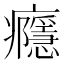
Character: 癮